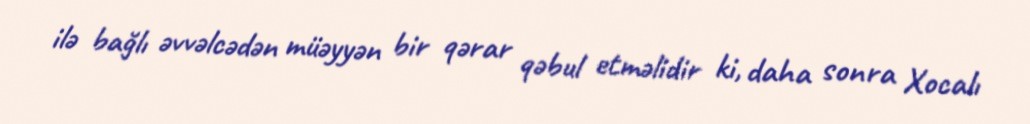
ilə bağlı əvvəlcədən müəyyən bir qərar qəbul etməlidir ki, daha sonra Xocalı